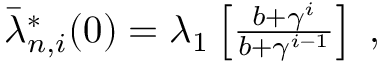
\begin{array} { r } { \bar { \lambda } _ { n , i } ^ { * } ( 0 ) = \lambda _ { 1 } \left[ \frac { b + \gamma ^ { i } } { b + \gamma ^ { i - 1 } } \right] \; , } \end{array}